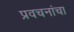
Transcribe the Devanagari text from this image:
प्रवचनांचा